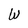
Character: W